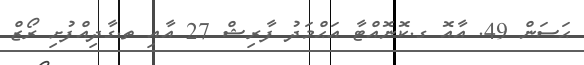
ޙަސަން 49. އާއޮ ގ.ކޮނޮއްޓާ އަޙްމަދު ފާރިޝް 27 އާއި ތ.ގާދިއްފުށި ރޯޒް